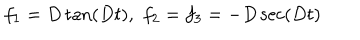
f _ { 1 } = D \tan ( D t ) , \, \, f _ { 2 } = f _ { 3 } = - D \sec ( D t )